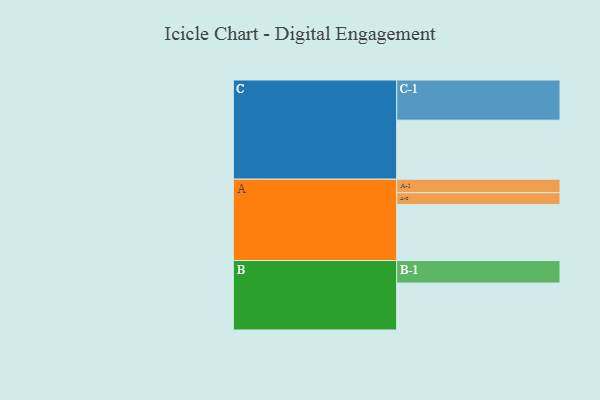
{"axis": {"x": "Segment", "y": "Value"}, "legend": ["", "A", "B", "C"], "data": [{"x": "A", "y": 398, "type": ""}, {"x": "B", "y": 333, "type": ""}, {"x": "C", "y": 419, "type": ""}, {"x": "A-1", "y": 96, "type": "A"}, {"x": "A-2", "y": 83, "type": "A"}, {"x": "B-1", "y": 160, "type": "B"}, {"x": "C-1", "y": 285, "type": "C"}]}